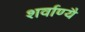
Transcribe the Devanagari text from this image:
शर्वाण्यै